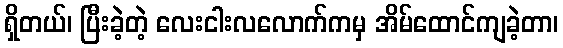
ရှိတယ်၊ ပြီးခဲ့တဲ့ လေးငါးလလောက်ကမှ အိမ်ထောင်ကျခဲ့တာ၊